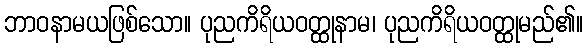
ဘာဝနာမယဖြစ်သော။ ပုညကိရိယဝတ္ထုနာမ၊ ပုညကိရိယဝတ္ထုမည်၏။